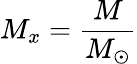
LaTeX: M_{x}={\frac{M}{M_{\odot}}}